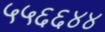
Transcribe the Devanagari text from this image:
५५६६४४